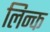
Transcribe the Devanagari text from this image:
लिन्क